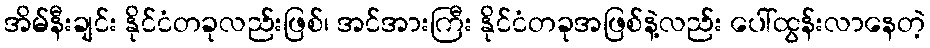
အိမ်နီးချင်း နိုင်ငံတခုလည်းဖြစ်၊ အင်အားကြီး နိုင်ငံတခုအဖြစ်နဲ့လည်း ပေါ်ထွန်းလာနေတဲ့